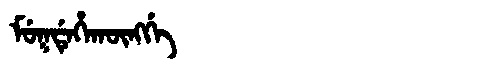
Manchu: ᠮᡠᡴᡩᡝᡥᠠᡴᡡᠩᡤᡝ
Romanization: MUKDEHAKŪNGGE